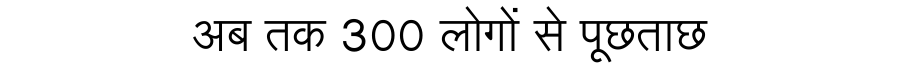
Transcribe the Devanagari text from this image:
अब तक 300 लोगों से पूछताछ